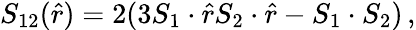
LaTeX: S_{12}(\hat{r})=2(3S_{1}\cdot\hat{r}S_{2}\cdot\hat{r}-S_{1}\cdot S_{2})\, ,